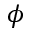
\phi